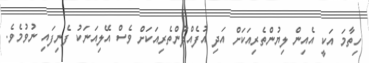
ހިތާމަ އަކީ އެއިން ލިޔުންތެރިއަކަށް އަދި އުފެއްދުންތެރިއަކަށް ވެސް އޭލިއަނަކު ފެނިފައި ނުވުމެވެ.